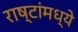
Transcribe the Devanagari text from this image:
राष्टांमध्ये